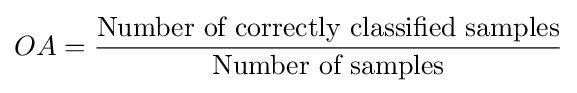
OA={\frac {\text{Number of correctly classified samples}}{\text{Number of samples}}}